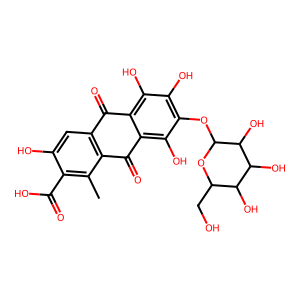
SMILES: Cc1c(C(=O)O)c(O)cc2c1C(=O)c1c(O)c(OC3OC(CO)C(O)C(O)C3O)c(O)c(O)c1C2=O
Inhibits HIV replication: Yes